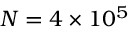
N = 4 \times 1 0 ^ { 5 }